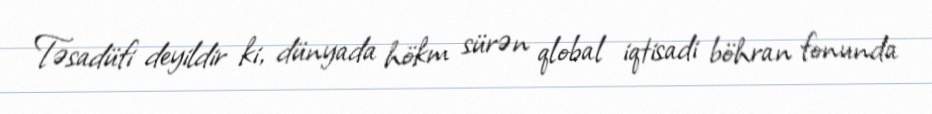
Təsadüfi deyildir ki, dünyada hökm sürən qlobal iqtisadi böhran fonunda